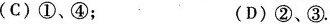
(C)①、④； (D)②、③.